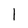
Character: l